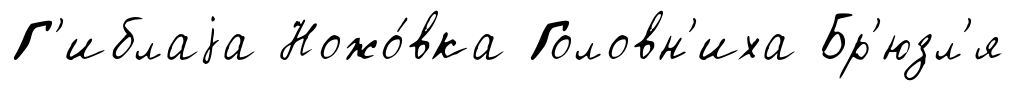
Г'иблаjа Ножо́вка Головн'иха Бр'юзл'я